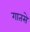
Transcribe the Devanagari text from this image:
गातसे